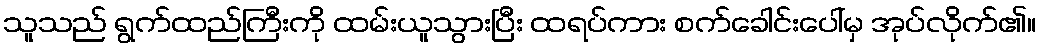
သူသည် ရွက်ထည်ကြီးကို ထမ်းယူသွားပြီး ထရပ်ကား စက်ခေါင်းပေါ်မှ အုပ်လိုက်၏။